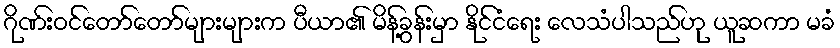
ဂိုဏ်းဝင်တော်တော်များများက ပီယာ၏ မိန့်ခွန်းမှာ နိုင်ငံရေး လေသံပါသည်ဟု ယူဆကာ မခံ